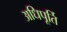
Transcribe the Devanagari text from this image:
अधिपूर्ति